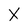
Character: X